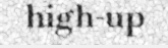
high-up